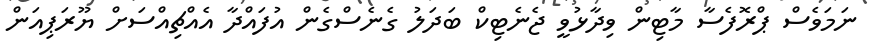
ނަމަވެސް ޕްރޮފެސާ މާޓިން ވިދާޅުވީ ޖެނެޓިކް ބަދަލު ގެނެސްގެން އުފައްދާ އެއްޗިއްސަށް ޔޫރަޕިއަން